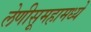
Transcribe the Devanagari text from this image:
लेणीसूमहामध्ये